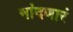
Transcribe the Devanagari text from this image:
नांदणारं